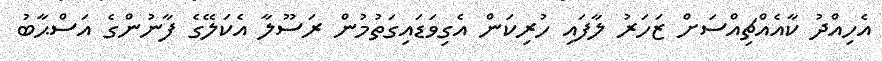
އެހިއްދު ކާއެއްޗިއްސަށް ޒަހަރު ލާފައި ހުރިކަން އެގިވަޑައިގަތުމުން ރަސޫލާ އެކަލޭގެ ފާނުންގެ އަސްޙާބު